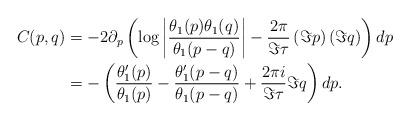
LaTeX: \begin{align*} C(p,q) & = -2 \partial_p \left(\log \left| \frac{\theta_1(p) \theta_1(q)}{\theta_1(p-q)} \right|- \frac{2\pi}{\Im \tau} \left(\Im p\right) \left(\Im q\right)\right) dp \\ & = - \left( \frac{\theta_1'(p)}{\theta_1(p)} - \frac{\theta_1'(p-q)}{\theta_1(p-q)} + \frac{2\pi i}{\Im \tau}\Im q\right) dp. \end{align*}